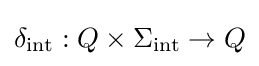
\delta _{\text{int}}:Q\times \Sigma _{\text{int}}\to Q